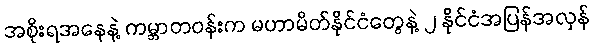
အစိုးရအနေနဲ့ ကမ္ဘာတဝန်းက မဟာမိတ်နိုင်ငံတွေနဲ့ ၂ နိုင်ငံအပြန်အလှန်